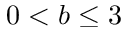
0 < b \le 3